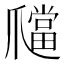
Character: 𤔶